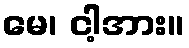
မေ၊ ငါ့အား။